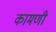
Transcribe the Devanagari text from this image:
कामणी